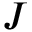
J